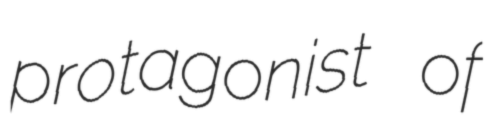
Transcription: protagonist of